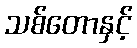
သစ်တောနှင့်